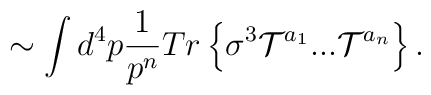
\sim \int d^4p \frac{1}{p^{n}}Tr\left\{\sigma^3{\cal T}^{a_1}...{\cal T}^{a_n}\right\}.